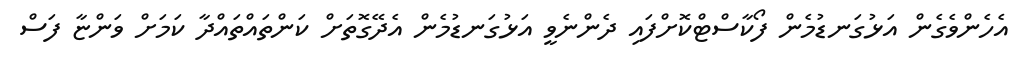
އެހެންވެގެން އަޅުގަނޑުމެން ފޯކާސްޓްކޮށްފައި ދެންނެވީ އަޅުގަނޑުމެން އެދޭގޮތަށް ކަންތައްތައްދާ ކަމަށް ވަންޏާ ފަސް